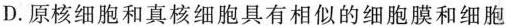
D. 原核细胞和真核细胞具有相似的细胞膜和细胞